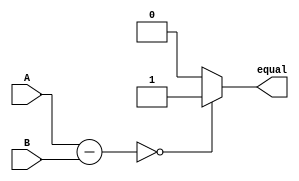
module equality_comparator (
  input [7:0] A,
  input [7:0] B,
  output reg equal
);

reg [7:0] result;

always @ (A or B)
begin
  result = A - B;
  
  if (result == 0)
    equal = 1;
  else
    equal = 0;
end

endmodule